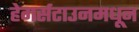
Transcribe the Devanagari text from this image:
हेगर्सटाउनमधून